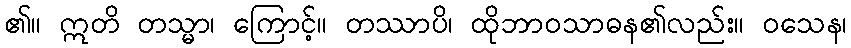
၏။ ဣတိ တသ္မာ၊ ကြောင့်။ တဿာပိ၊ ထိုဘာဝသာဓန၏လည်း။ ဝသေန၊